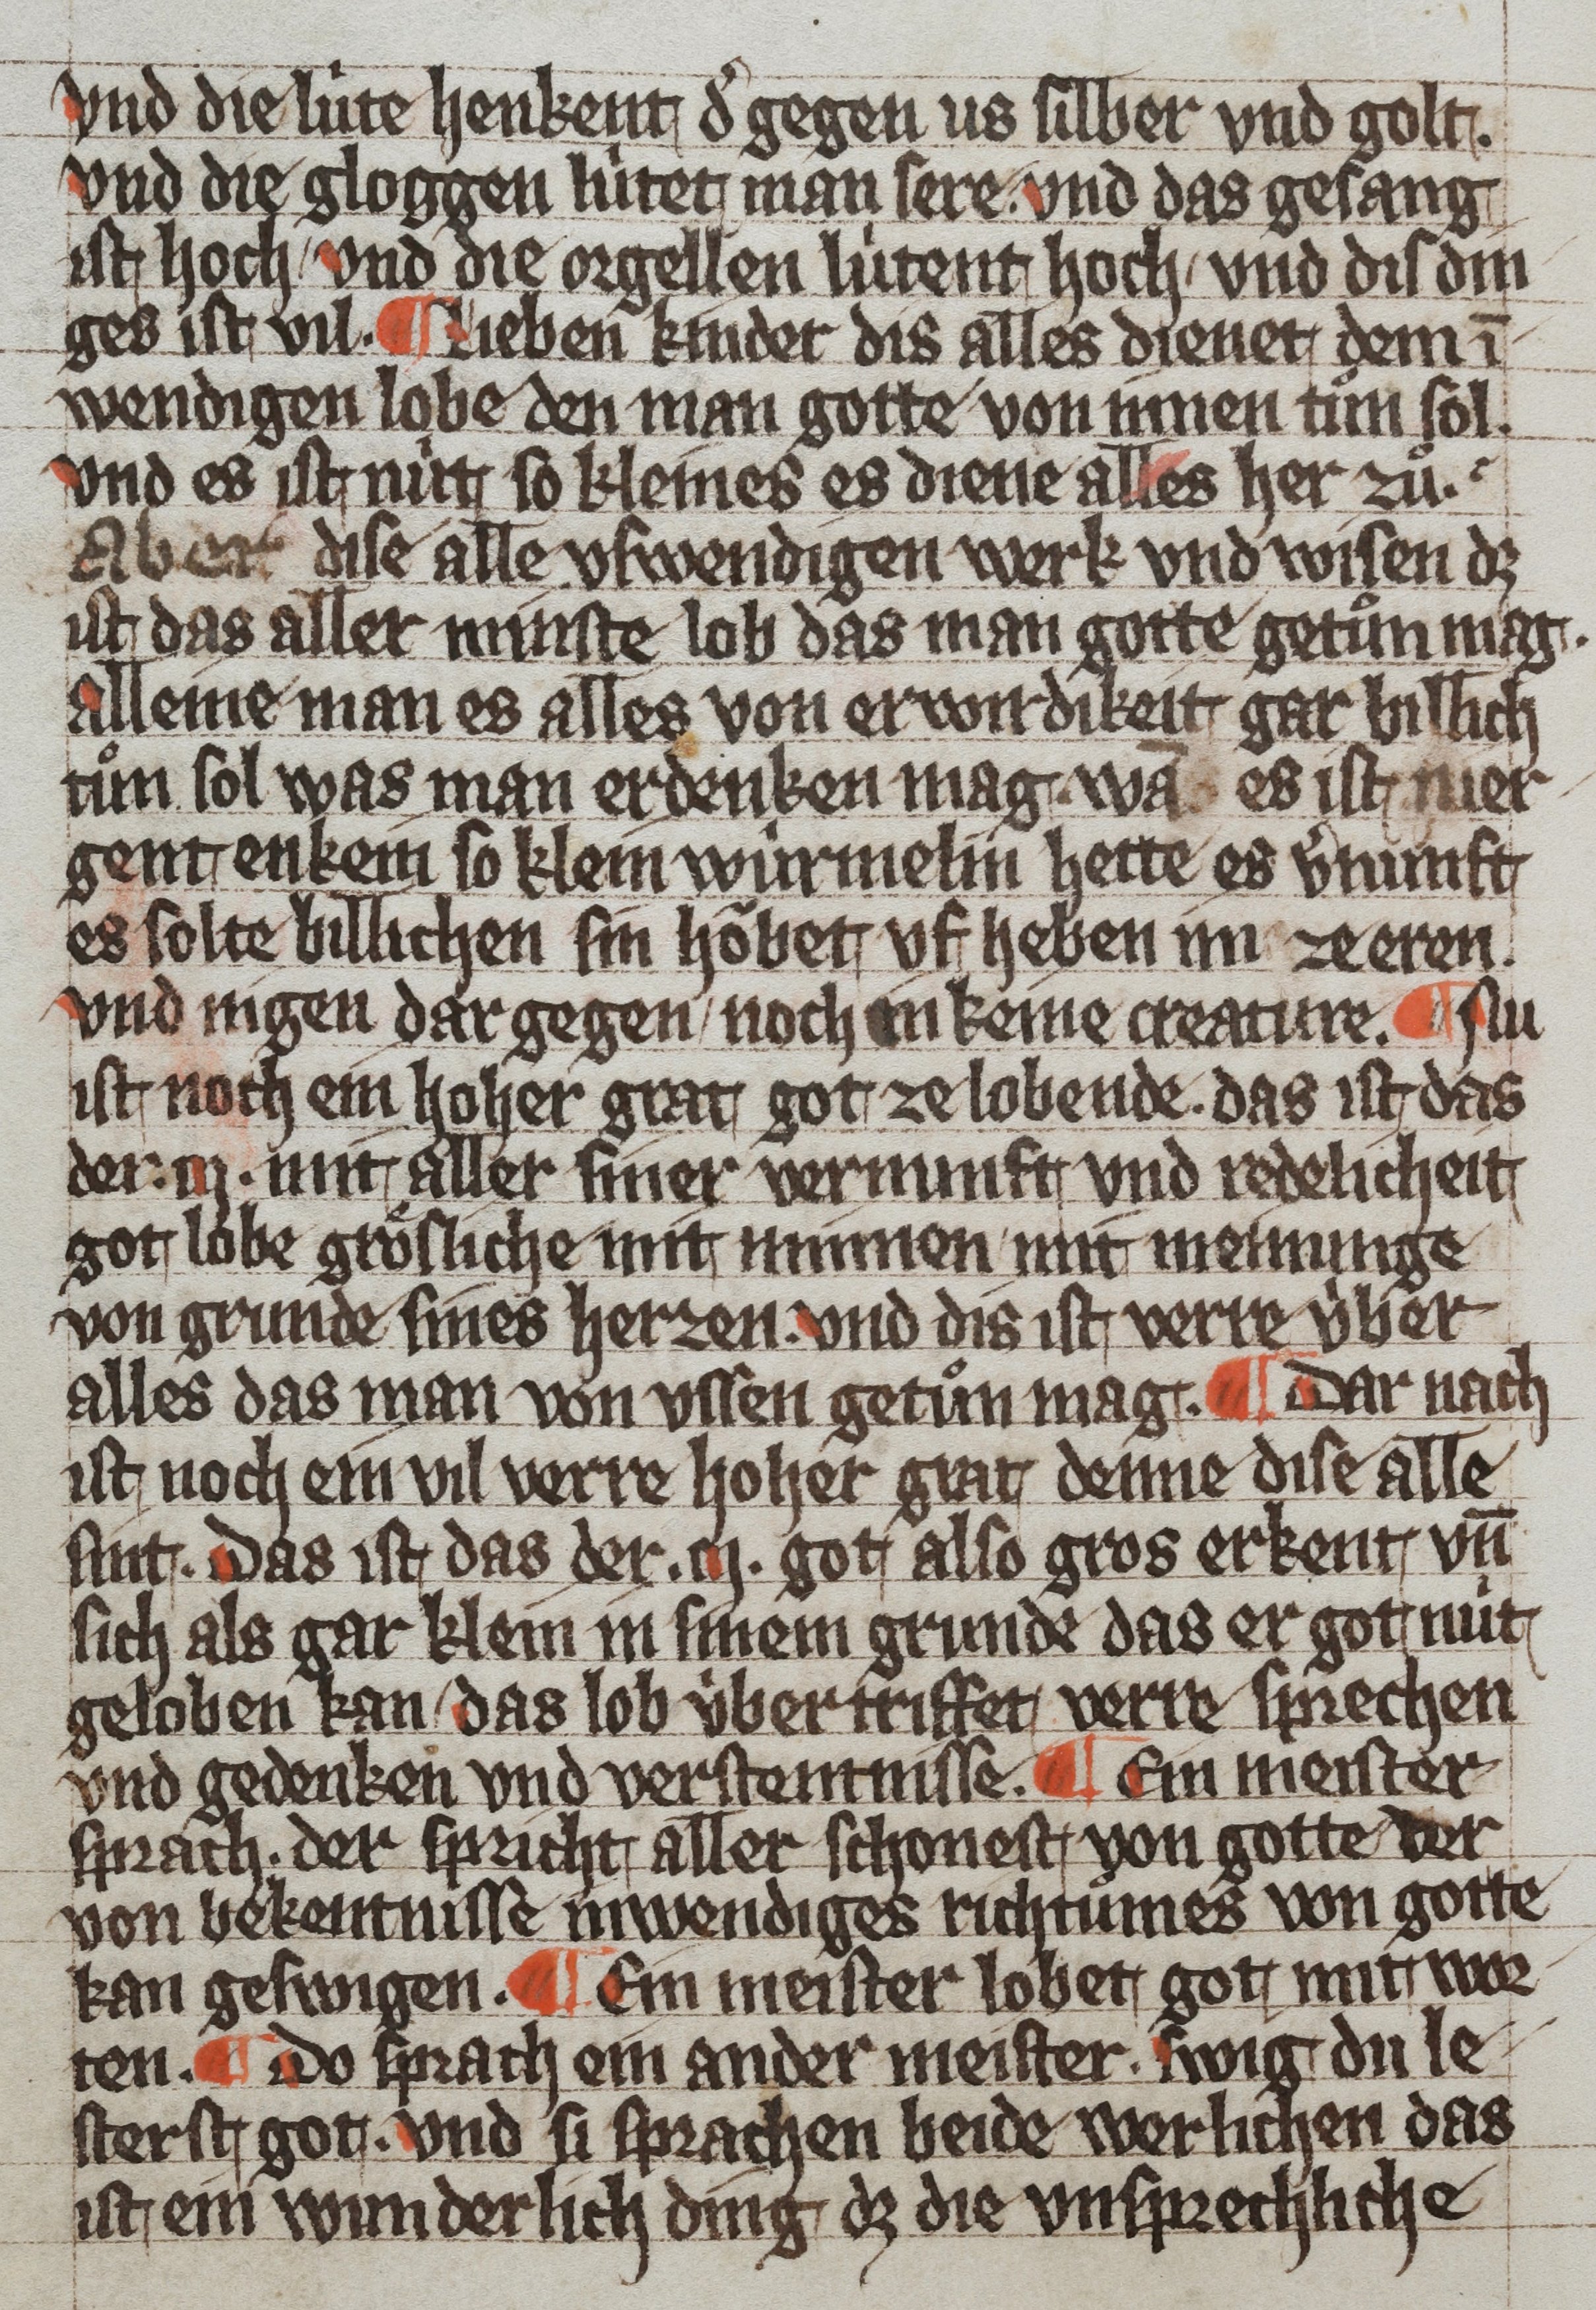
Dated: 1359–1359